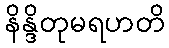
နိန္ဒိတုမရဟတိ